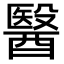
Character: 醫